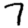
Digit: 7